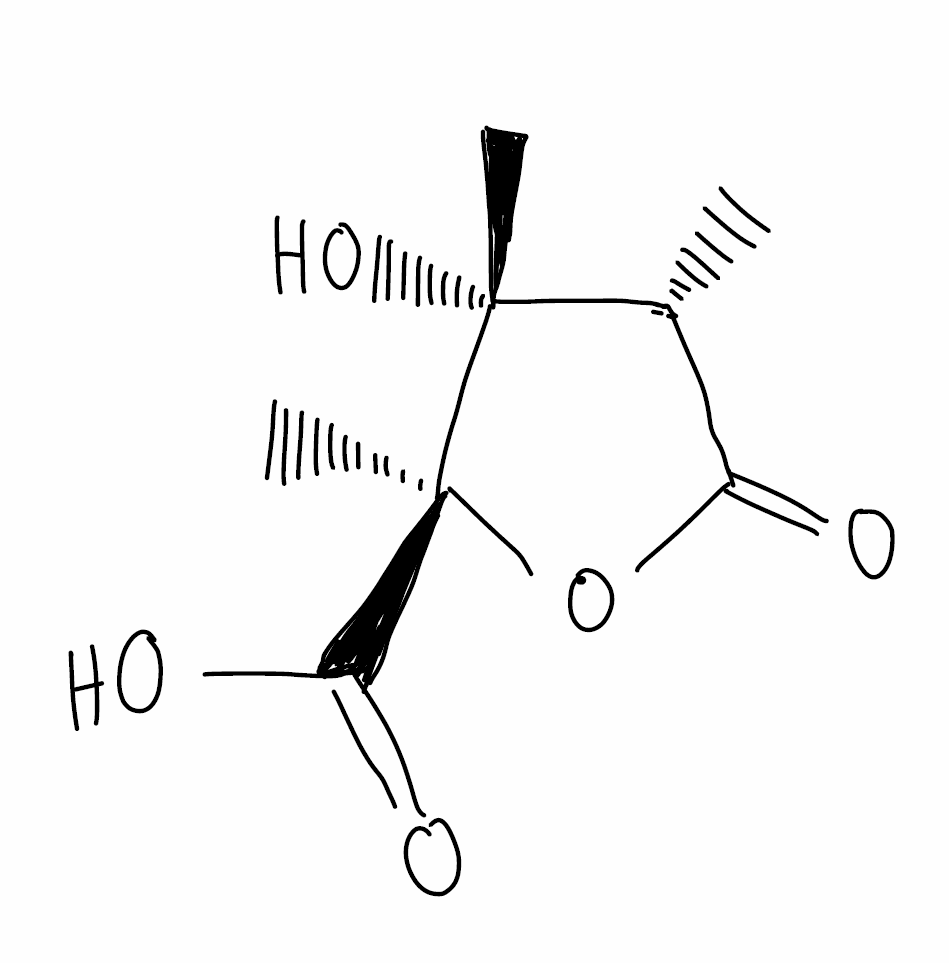
Simplified molecular-input line-entry system (SMILES) notation of the given molecule:
C[C@@H]1C(=O)O[C@@]([C@]1(C)O)(C)C(=O)O